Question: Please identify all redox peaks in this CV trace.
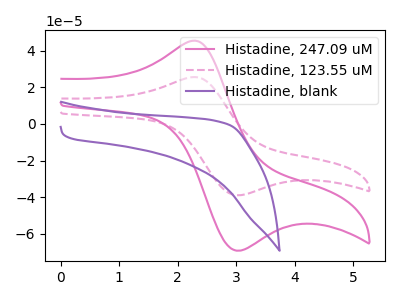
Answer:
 <answer>The pink curve "Histadine, 247.09 uM" has an anodic peak at (2.25V, 45.45uA) and a cathodic peak at (3.00V, -69.25uA). The pink dashed curve "Histadine, 123.55 uM" has an anodic peak at (2.25V, 25.55uA) and a cathodic peak at (3.00V, -38.95uA). The purple curve "Histadine, blank" has no peaks.</answer>
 <eval></eval>